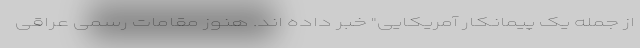
از جمله یک پیمانکار آمریکایی" خبر داده اند. هنوز مقامات رسمی عراقی